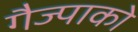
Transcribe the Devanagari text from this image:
गैज्पाको